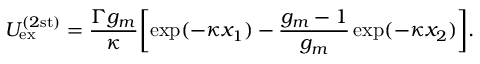
U _ { \mathrm { e x } } ^ { ( 2 \mathrm { s t ) } } = \frac { \Gamma g _ { m } } { \kappa } \biggl [ \exp ( - \kappa x _ { 1 } ) - \frac { g _ { m } - 1 } { g _ { m } } \exp ( - \kappa x _ { 2 } ) \biggr ] .